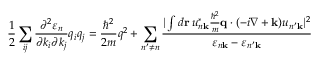
{ \frac { 1 } { 2 } } \sum _ { i j } { \frac { \partial ^ { 2 } \varepsilon _ { n } } { \partial k _ { i } \partial k _ { j } } } q _ { i } q _ { j } = { \frac { \hbar ^ { 2 } } { 2 m } } q ^ { 2 } + \sum _ { n ^ { \prime } \neq n } { \frac { | \int d \mathbf { r } \, u _ { n \mathbf { k } } ^ { * } { \frac { \hbar ^ { 2 } } { m } } \mathbf { q } \cdot ( - i \nabla + \mathbf { k } ) u _ { n ^ { \prime } \mathbf { k } } | ^ { 2 } } { \varepsilon _ { n \mathbf { k } } - \varepsilon _ { n ^ { \prime } \mathbf { k } } } }